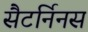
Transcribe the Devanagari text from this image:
सैटर्निनस